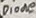
Text: Diode